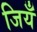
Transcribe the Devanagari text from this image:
जियँ